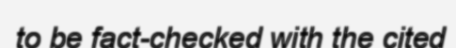
to be fact-checked with the cited